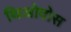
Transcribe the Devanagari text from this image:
थिओदोस